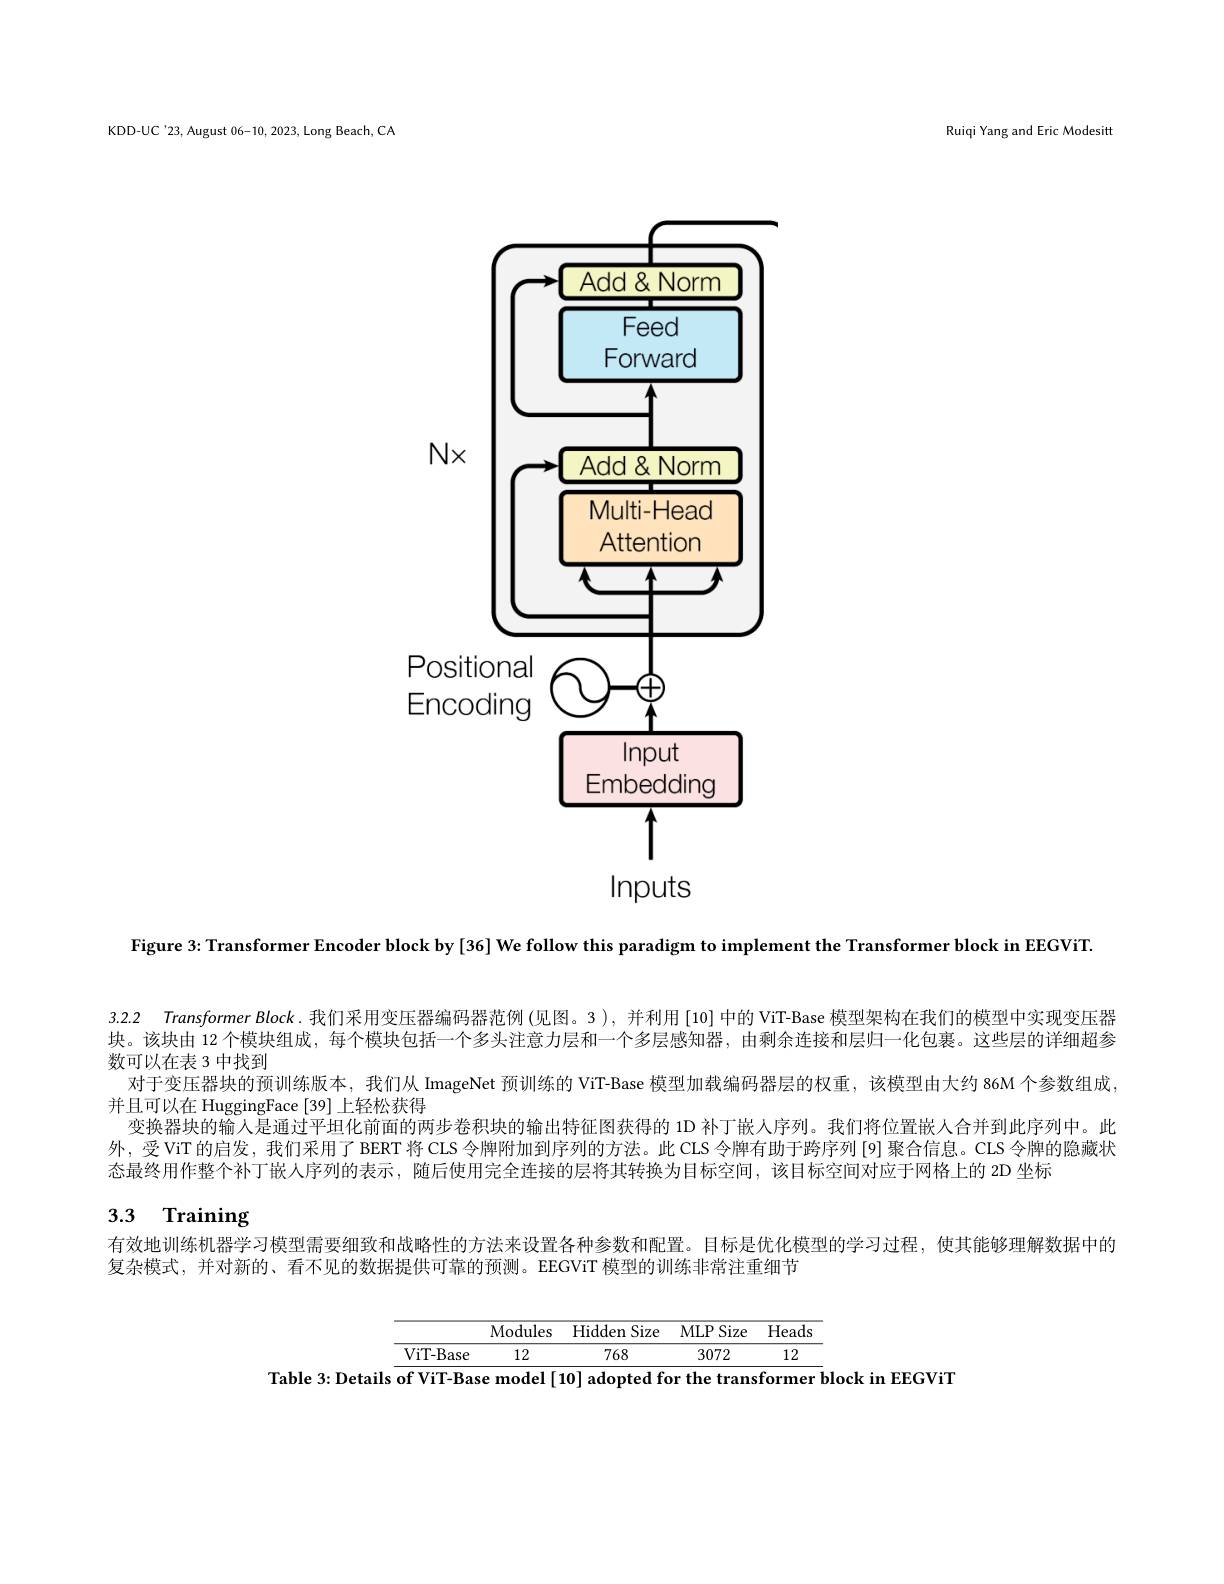
KDD-UC '23, August 06-10, 2023, Long Beach, CA

Ruiqi Yang and Eric Modesitt
$$$$
Figure 3: Transformer Encoder block by [36] We follow this paradigm to implement the Transformer block in EEGViT.

3.2.2 Transformer Block.我们采用变压器编码器范例(见图。3),并利用[10]中的 ViT-Base 模型架构在我们的模型中实现变压器块。该块由 12 个模块组成，每个模块包括一个多头注意力层和一个多层感知器，由剩余连接和层归一化包裹。这些层的详细超参数可以在表 3 中找到
对于变压器块的预训练版本，我们从 ImageNet 预训练的 ViT-Base 模型加载编码器层的权重，该模型由大约 86M 个参数组成，
并且可以在 HuggingFace [39] 上轻松获得
变换器块的输入是通过平坦化前面的两步卷积块的输出特征图获得的 1D 补丁嵌人序列。我们将位置嵌人合并到此序列中。此外，受ViT的启发，我们采用了 BERT 将 CLS 令牌附加到序列的方法。此 CLS 令牌有助于跨序列 [9] 聚合信息。CLS 令牌的隐藏状态最终用作整个补丁嵌人序列的表示，随后使用完全连接的层将其转换为目标空间，该目标空间对应于网格上的 2D 坐标
3.3 Training

有效地训练机器学习模型需要细致和战略性的方法来设置各种参数和配置。目标是优化模型的学习过程，使其能够理解数据中的

复杂模式，并对新的、看不见的数据提供可靠的预测。EEGViT 模型的训练非常注重细节

<table>
	<tbody>
		<tr>
			<th> </th>
			<th> </th>
			<th>Modules</th>
			<th>Hidden Size</th>
			<th>MLPSize</th>
			<th>Heads</th>
			<th> </th>
		</tr>
		<tr>
			<th> </th>
			<th>ViT- Base</th>
			<th>12</th>
			<th>768</th>
			<th>3072</th>
			<th>12</th>
			<th> </th>
		</tr>
	</tbody>
</table>